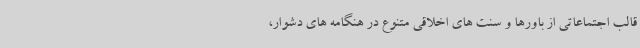
قالب اجتماعاتی از باورها و سنت های اخلاقی متنوع در هنگامه های دشوار،